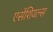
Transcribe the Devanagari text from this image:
एसेंशियल्स